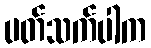
ပတ်သက်ပါက